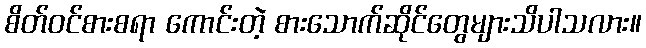
စိတ်ဝင်စားစရာ ကောင်းတဲ့ စားသောက်ဆိုင်တွေများသိပါသလား။